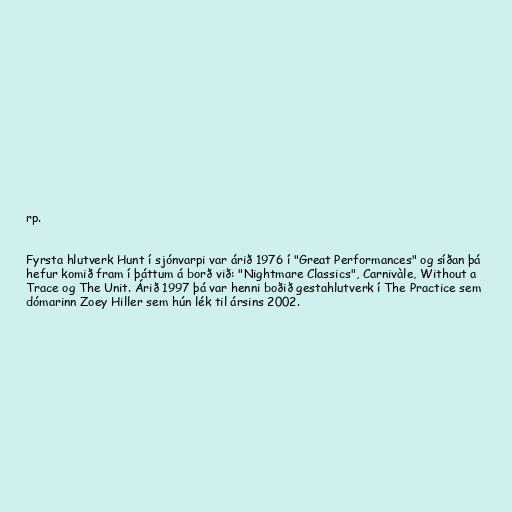
rp.

Fyrsta hlutverk Hunt í sjónvarpi var árið 1976 í "Great Performances" og síðan þá
hefur komið fram í þáttum á borð við: "Nightmare Classics", Carnivàle, Without a
Trace og The Unit. Árið 1997 þá var henni boðið gestahlutverk í The Practice sem
dómarinn Zoey Hiller sem hún lék til ársins 2002.